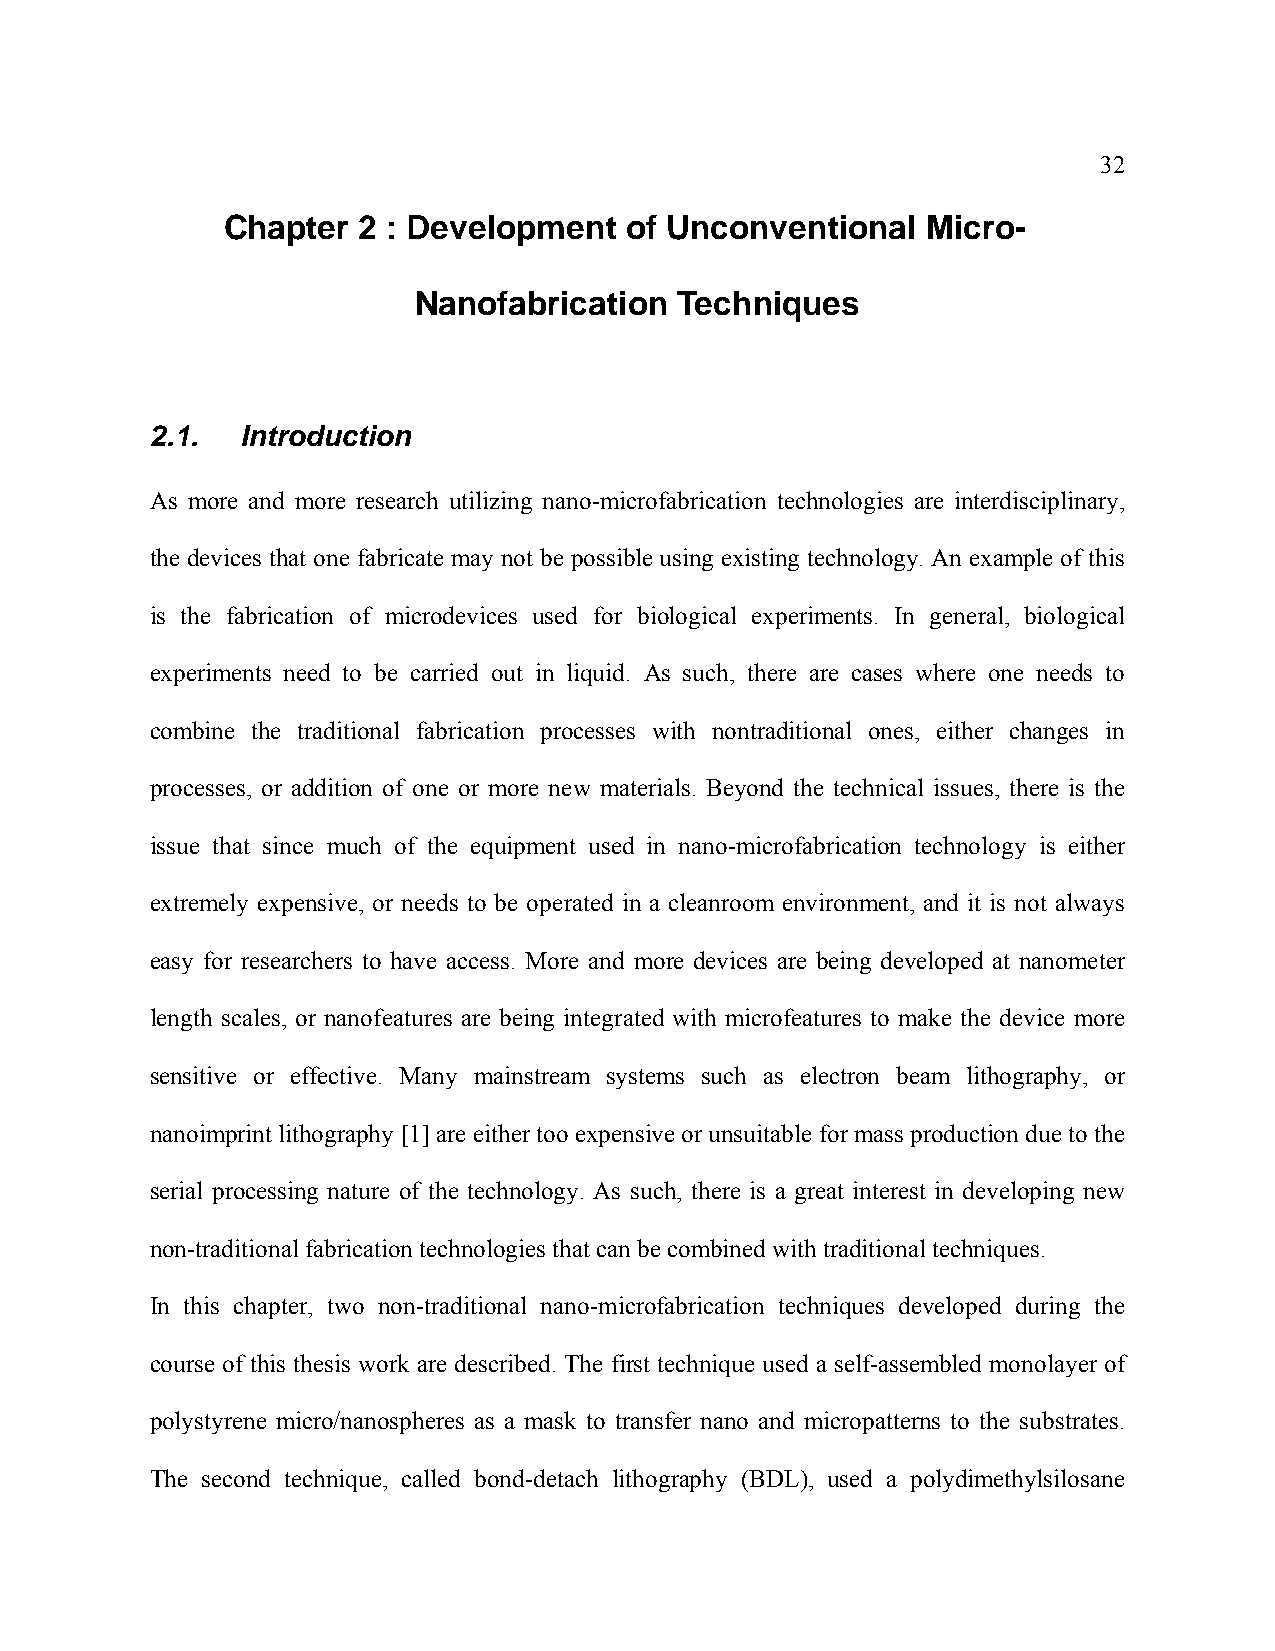
32
 Chapter  2 : Development  of Unconventional   Micro-
 Nanofabrication   Techniques
 2.1.  Introduction
 As more and more research utilizing nano-microfabrication technologies are interdisciplinary,
 the devices that one fabricate may not be possible using existing technology. An example of this
 is the fabrication of microdevices used for biological experiments. In general, biological
 experiments need to be carried out in liquid. As such, there are cases where one needs to
 combine the traditional fabrication processes with nontraditional ones, either changes in
 processes, or addition of one or more new materials. Beyond the technical issues, there is the
 issue that since much of the equipment used in nano-microfabrication technology is either
 extremely expensive, or needs to be operated in a cleanroom environment, and it is not always
 easy for researchers to have access. More and more devices are being developed at nanometer
 length scales, or nanofeatures are being integrated with microfeatures to make the device more
 sensitive or effective. Many mainstream systems such as electron beam lithography, or
 nanoimprint lithography [1] are either too expensive or unsuitable for mass production due to the
 serial processing nature of the technology. As such, there is a great interest in developing new
 non-traditional fabrication technologies that can be combined with traditional techniques.
 In this chapter, two non-traditional nano-microfabrication techniques developed during the
 course of this thesis work are described. The first technique used a self-assembled monolayer of
 polystyrene micro/nanospheres as a mask to transfer nano and micropatterns to the substrates.
 The second technique, called bond-detach lithography (BDL), used a polydimethylsilosane